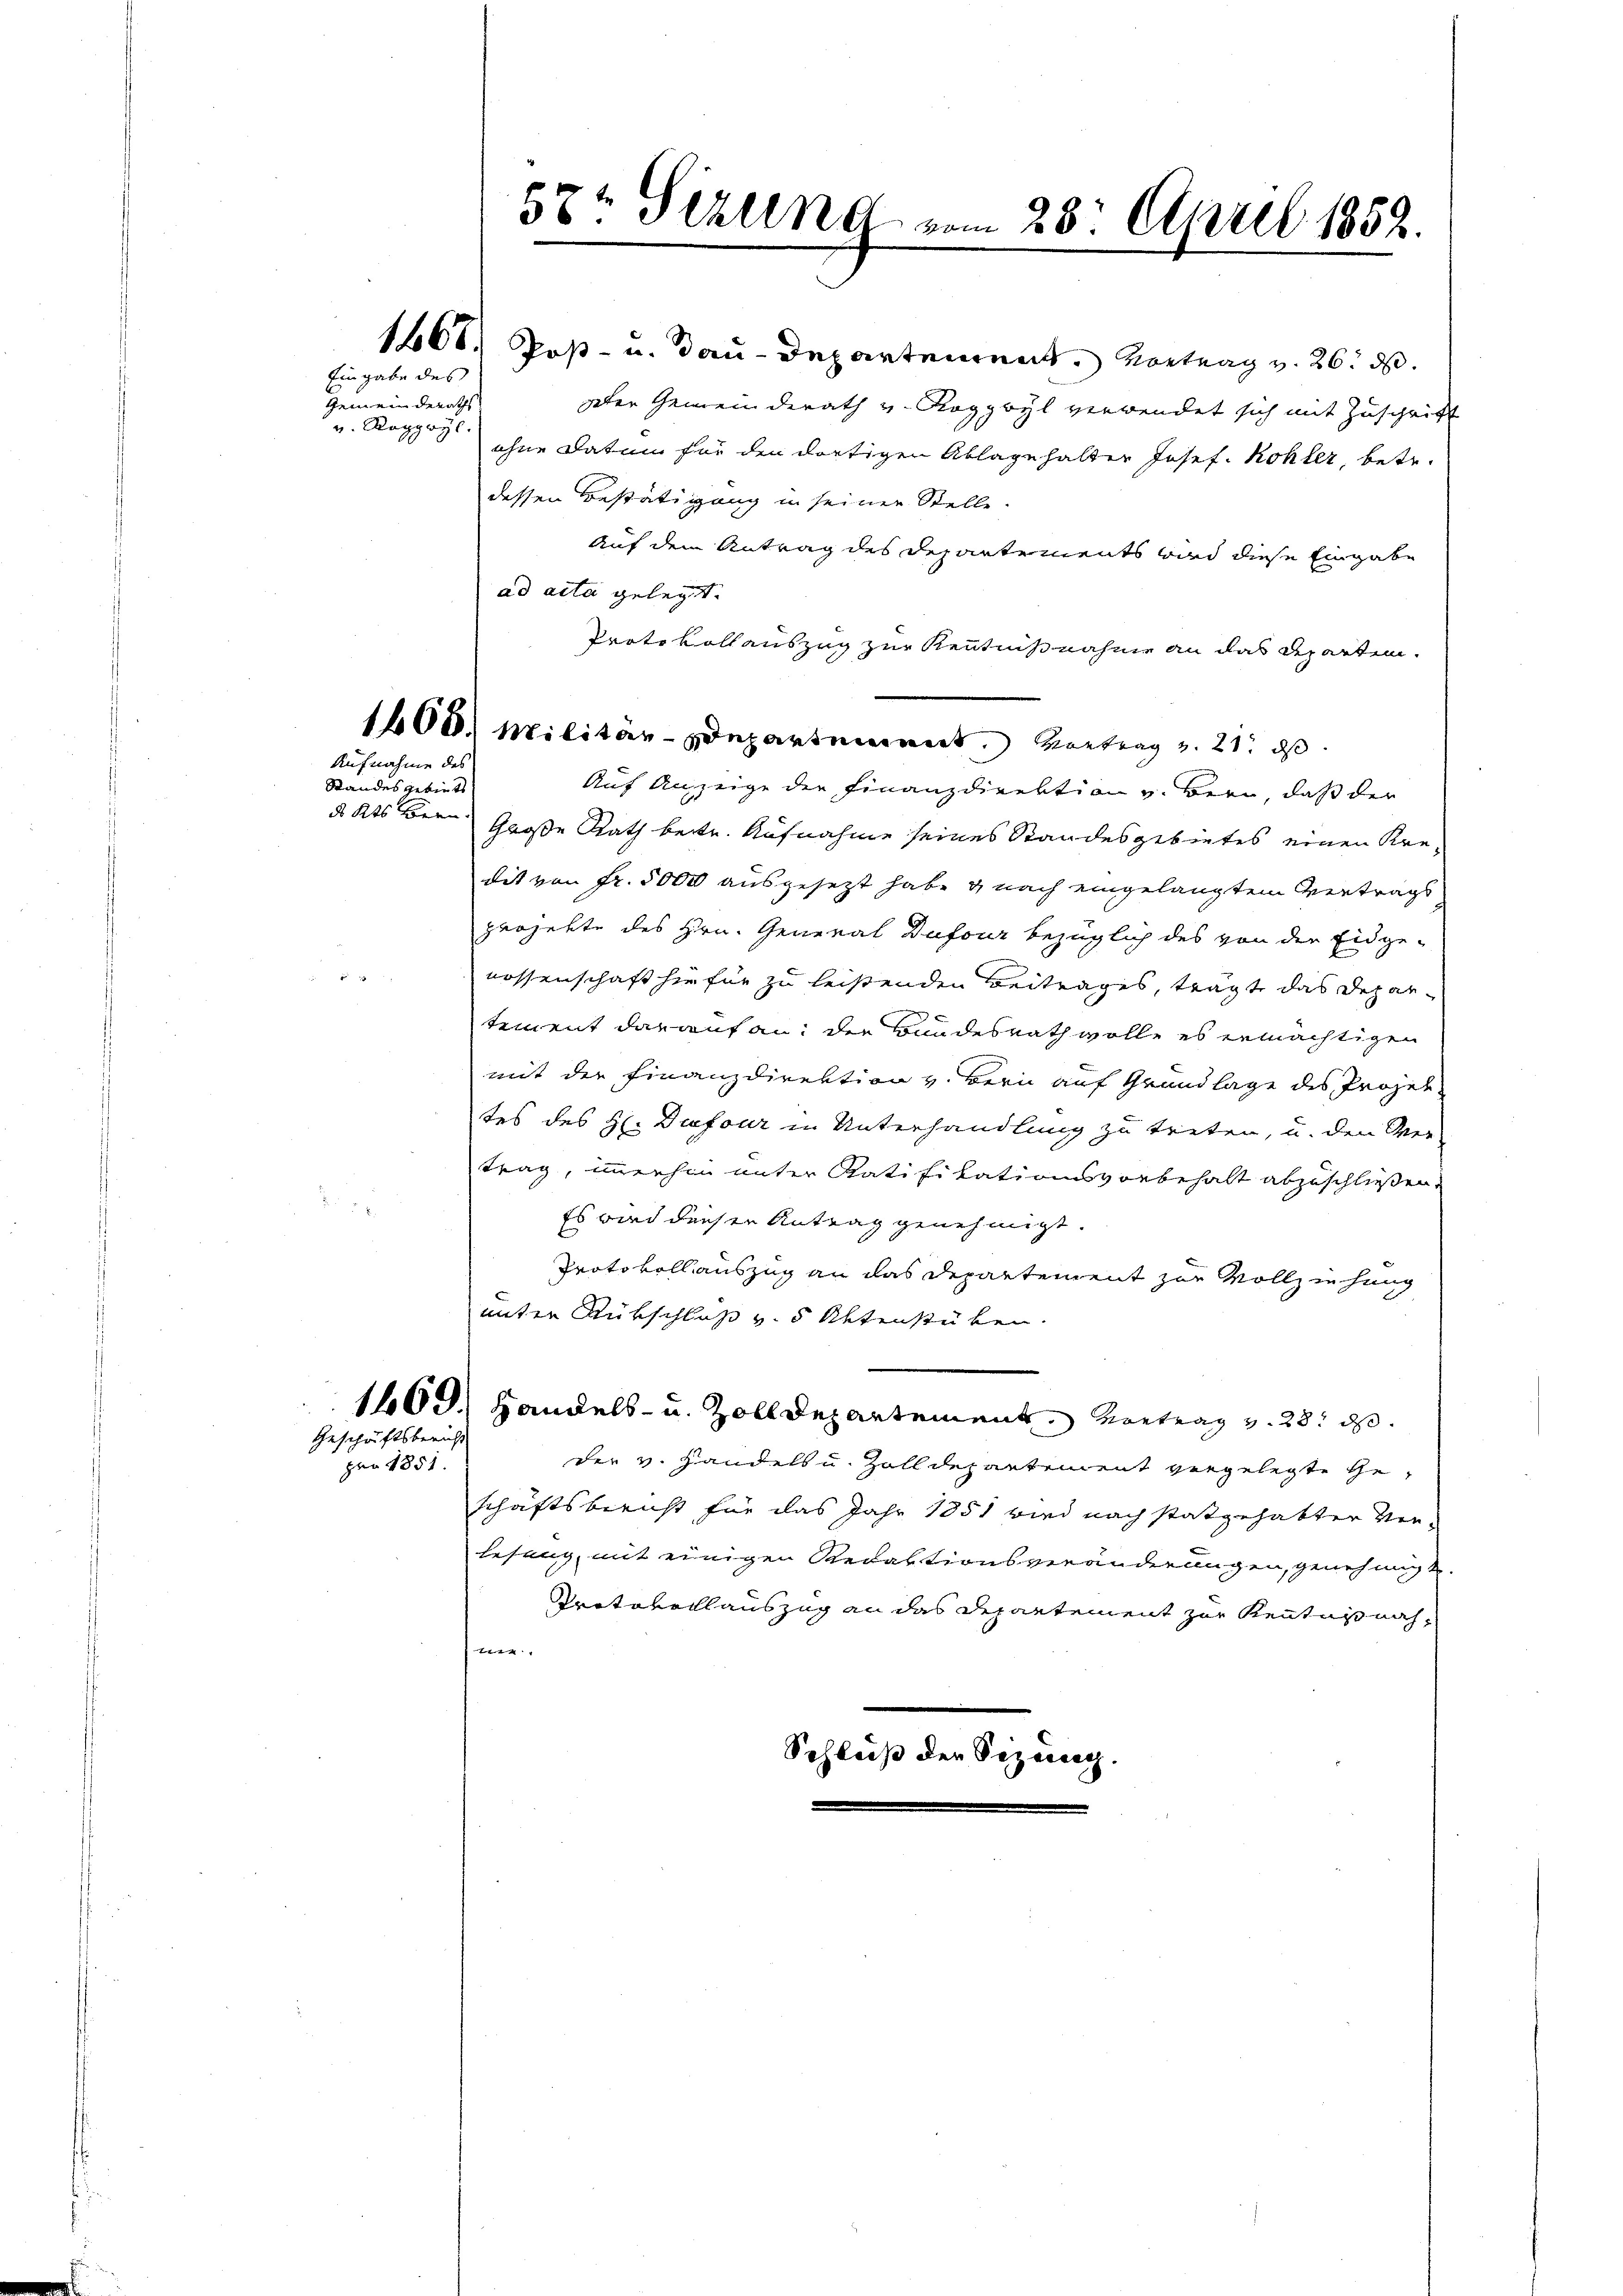
57t Sizung vom 28. April 1852.

Eingabe des

1668. Post- u. dau-Departement. Vortrag v. 26. d.
gter Gemeinderath u. Roggwyl verwendet sich mit Zuschrift
ohne Datum für den dortigen Ablage halter Josef Kohler, betr.
dessen Bestätigung in seiner Stelle.
Auf dem Antrag des Departements wird diese Eingabe
ad acta gelegt.
Protokollauszug zur Kenntnißnahme an das Reparten.
1400. Militärdepartement. Vortrag v. 21. ds.
Auf Anzeige der Finanzdirektion v. Bern, daß der
Große Rath bestr. Aufnahme seines Standesgebietes einen Kredit von Fr. 5000 ausgesezt habe & nach eingelangtem Vertrags
projekte des Hrn. General Dufour bezüglich des von der Eidge-
nossenschaft hiefür zu leistenden Beitrages, trägt das Departement darauf an: der Bundesrath wolle es ermächtigen
mit der Finanzdirektion v. Bern auf Grundlage des Projektes des H. Diefour in Unterhandlung zu treten, u. den Ver-
trag, immerhin unter Ratifikationsvorbehalt abzuschließen.
Es wird diesen Antrag genehmigt.
Protokoll auszug an das Departement zur Vollziehung
unter Rückschluß v. 5 Aktenstüben.
1409. Handels- u. Zolldepartement. Vortrag v. 28. d.
der v. Handels u. Zolldepartement vergelegte Ge¬
Schaftsbericht für das Jahr 1851 wird nach stattgehabter Verlesung mit einigen Redaktionsveränderungen, genehmigt.
Protokollauszug an das Departement zur Kenntnis nachne
Schleiß der Sezessen.

Gemeinderaths
v. Rappays.

Aufnahme des

Standes gebiets
d Kts Bern.

Geschäftsbericht
pro 1851.